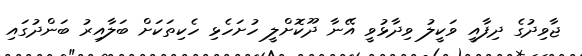
ޖާވިދުގެ ދިފާއީ ވަކީލު ވިދާޅުވީ އޭނާ ދޫކޮށްލީ ހުށަހެޅި ހެކިތަކަށް ބަލާއިރު ބަންދުގައި